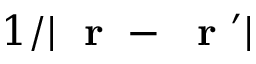
1 / | \mathrm { ~ \bf ~ r ~ } - \mathrm { ~ \bf ~ r ~ } ^ { \prime } |